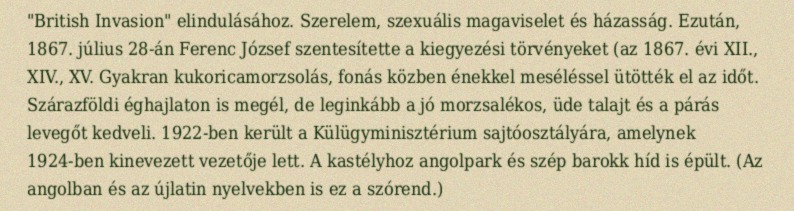
"British Invasion" elindulásához. Szerelem, szexuális magaviselet és házasság. Ezután, 1867. július 28-án Ferenc József szentesítette a kiegyezési törvényeket (az 1867. évi XII., XIV., XV. Gyakran kukoricamorzsolás, fonás közben énekkel meséléssel ütötték el az időt. Szárazföldi éghajlaton is megél, de leginkább a jó morzsalékos, üde talajt és a párás levegőt kedveli. 1922-ben került a Külügyminisztérium sajtóosztályára, amelynek 1924-ben kinevezett vezetője lett. A kastélyhoz angolpark és szép barokk híd is épült. (Az angolban és az újlatin nyelvekben is ez a szórend.)